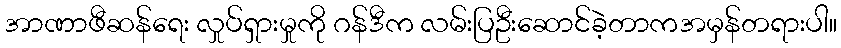
အာဏာဖီဆန်ရေး လှုပ်ရှားမှုကို ဂန်ဒီက လမ်းပြဦးဆောင်ခဲ့တာကအမှန်တရားပါ။